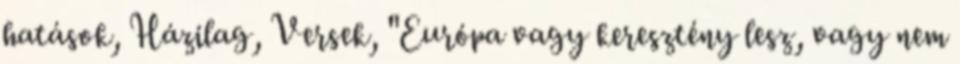
hatások, Házilag, Versek, "Európa vagy keresztény lesz, vagy nem